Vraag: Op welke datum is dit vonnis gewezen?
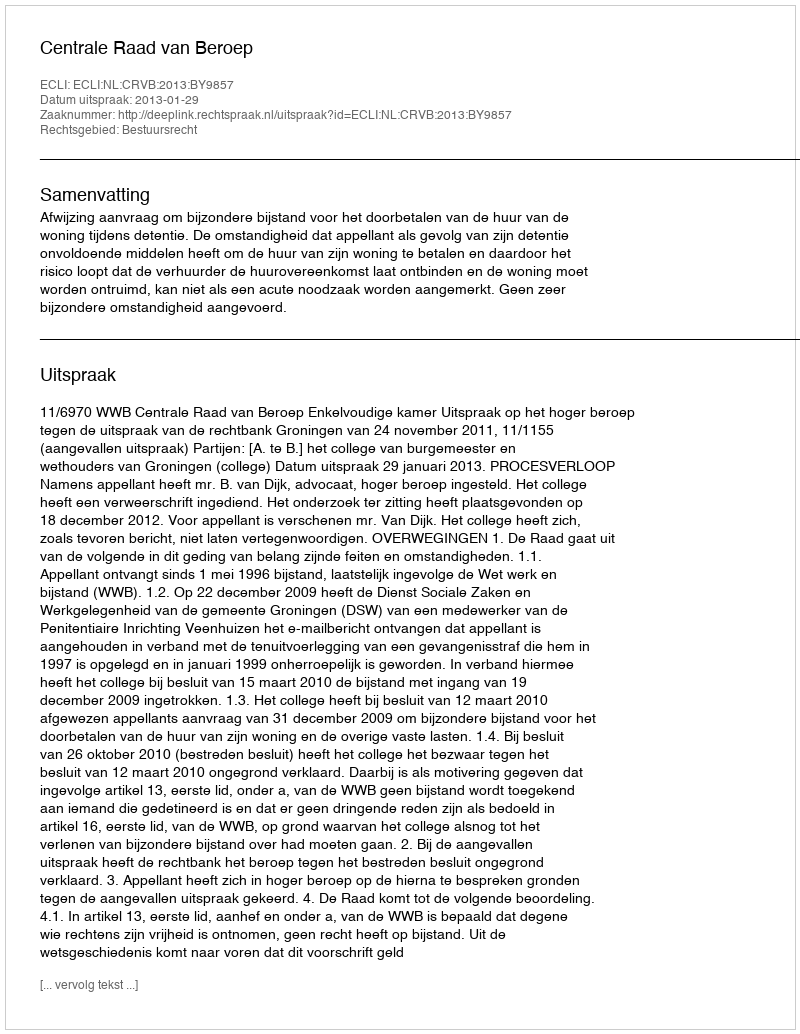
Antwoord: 2013-01-29